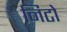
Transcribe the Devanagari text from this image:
निटो